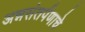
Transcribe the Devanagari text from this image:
अन्नसंतर्पणाचे